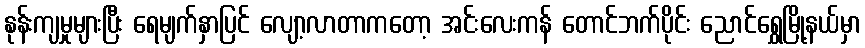
နုန်းကျမှုများပြီး ရေမျက်နှာပြင် လျော့လာတာကတော့ အင်းလေးကန် တောင်ဘက်ပိုင်း ညောင်ရွှေမြို့နယ်မှာ